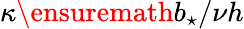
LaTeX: \kappa\ensuremath{b_{\star}}/\nu h